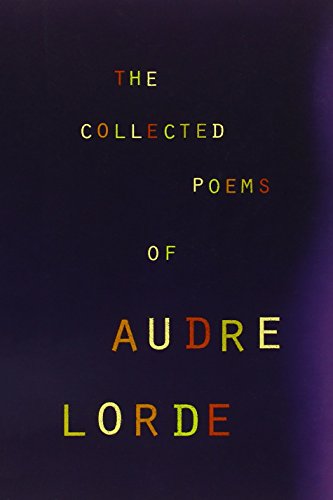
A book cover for The Collected Poems of Audre Lorde; Audre Lorde; Literature & Fiction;